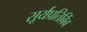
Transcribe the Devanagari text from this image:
सूर्यप्रतिबिंब